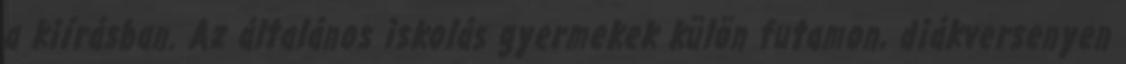
a kiírásban. Az általános iskolás gyermekek külön futamon, diákversenyen